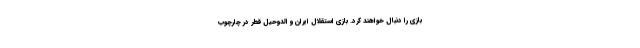
بازی را دنبال خواهند کرد. بازی استقلال ایران و الدوحیل قطر در چارچوب